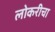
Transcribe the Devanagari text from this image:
लोकरीचा